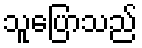
သူပြောသည်